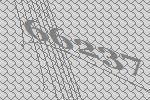
66237